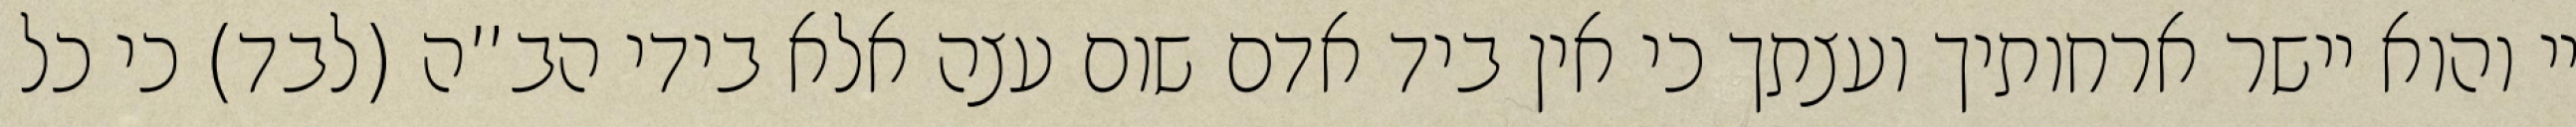
יי והוא יישר ארחותיך ועצתך כי אין ביד אדם שום עצה אלא בידי הב”ה (לבד) כי כל